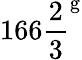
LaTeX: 166{\frac{2}{3}}^{\mathrm{g}}